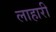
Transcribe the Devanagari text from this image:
लाहारी